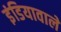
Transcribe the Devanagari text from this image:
इंडियावाले